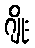
ဂျိုး